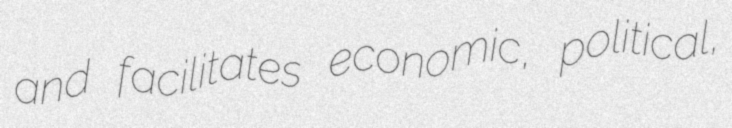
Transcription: and facilitates economic, political,